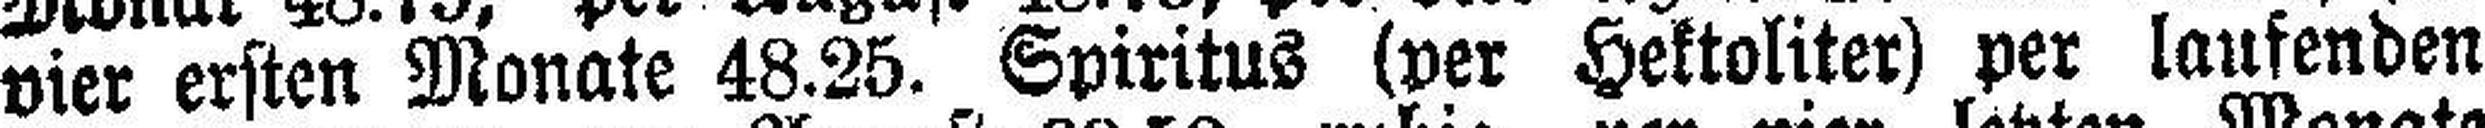
vier ersten Monate 48.25. Spiritus (per Hektoliter) per laufenden